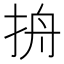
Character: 𰓞